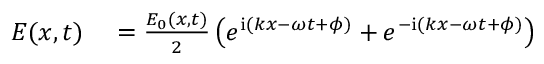
\begin{array} { r l } { E ( x , t ) } & { { } = \frac { E _ { 0 } ( x , t ) } { 2 } \left( e ^ { \mathrm { { i } } ( k x - \omega t + \phi ) } + e ^ { - \mathrm { { i } } ( k x - \omega t + \phi ) } \right) } \end{array}